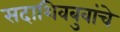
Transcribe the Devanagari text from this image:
सदाशिवबुवांचे